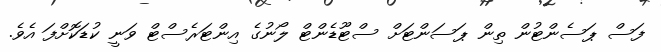
ފަސް ޕަސެންޓުން ތިން ޕަސަންޓަށް ސްޓޫޑެންޓް ލޯނުގެ އިންޓަރެސްޓް ވަނީ ކުޑަކޮށްފަ އެވެ.